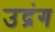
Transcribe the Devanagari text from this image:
उद्रंग